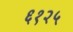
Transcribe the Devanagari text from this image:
६१२५